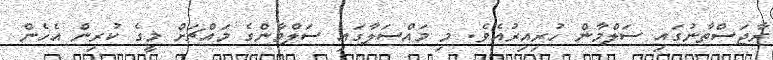
ރާޖަސްތާނުގައި ސަލްމާން ހުރިއިރުއެވެ. މި މައްސަލާގައި ސަލްމާންގެ މައްޗަށް މީގެ ކުރިން އެހެން